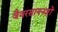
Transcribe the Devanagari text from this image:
जैवरसायनज्ञों